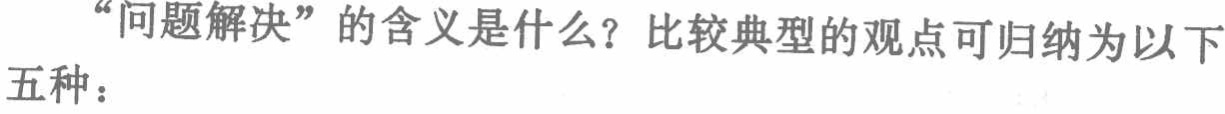
“问题解决”的含义是什么？比较典型的观点可归纳为以下五种：